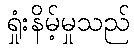
ရှုံးနိမ့်မှုသည်